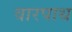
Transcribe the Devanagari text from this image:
वारपाथ